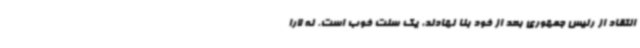
انتقاد از رئیس جمهوری بعد از خود بنا نهادند، یک سنت خوب است. نه لارا